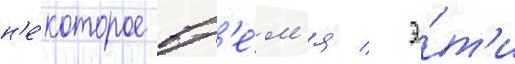
н'е́которое вр'е́м'я / э́т'и